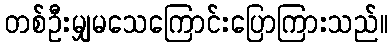
တစ်ဦးမျှမသေကြောင်းပြောကြားသည်။